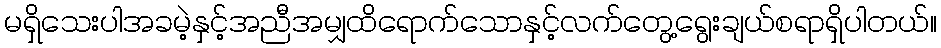
မရှိသေးပါအခမဲ့နှင့်အညီအမျှထိရောက်သောနှင့်လက်တွေ့ရွေးချယ်စရာရှိပါတယ်။